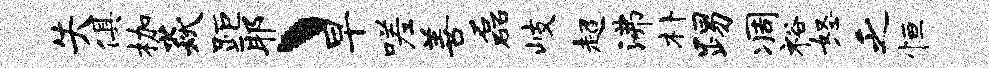
失俱枷焱距耶丶早嗟善磊岐超沸朴踢凋裕怒乏恒